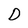
Character: D